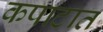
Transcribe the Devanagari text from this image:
कपाटात